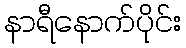
နာရီနောက်ပိုင်း